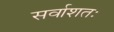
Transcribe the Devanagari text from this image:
सर्वाशतः